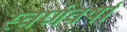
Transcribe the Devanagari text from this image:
स्वर्णवर्षा